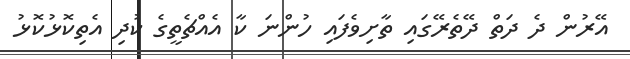
އޭރުން ދެ ދަތް ދޭތެރޭގައި ތާށިވެފައި ހުންނަ ކާ އެއްޗެތީގެ ކުދި އެތިކޮޅުކޮޅު